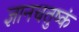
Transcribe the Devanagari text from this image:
ज्ञानचतुष्कं